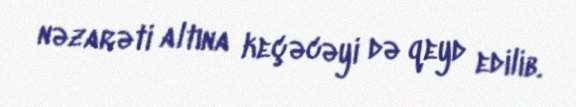
nəzarəti altına keçəcəyi də qeyd edilib.